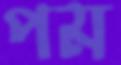
পম